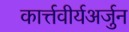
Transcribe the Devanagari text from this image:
कार्त्तवीर्यअर्जुन